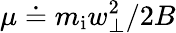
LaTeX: \mu\doteq m_{\mathrm{i}}w_{\perp}^{2}/2B